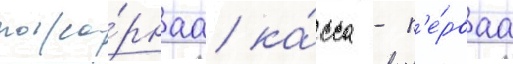
пожа́рнаа ка́сса - п'е́рваа